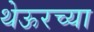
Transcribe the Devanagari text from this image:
थेऊरच्या